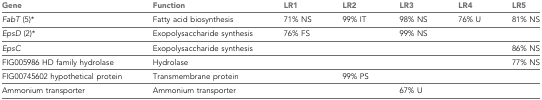
<table><thead><tr><td><b>Gene</b></td><td><b>Function</b></td><td><b>LR1</b></td><td><b>LR2</b></td><td><b>LR3</b></td><td><b>LR4</b></td><td><b>LR5</b></td></tr></thead><tbody><tr><td><i>FabT</i> (5)*</td><td>Fatty acid biosynthesis</td><td>71% NS</td><td>99% IT</td><td>98% NS</td><td>76% U</td><td>81% NS</td></tr><tr><td><i>EpsD</i> (2)*</td><td>Exopolysaccharide synthesis</td><td>76% FS</td><td></td><td>99% NS</td><td></td><td></td></tr><tr><td><i>EpsC</i></td><td>Exopolysaccharide synthesis</td><td></td><td></td><td></td><td></td><td>86% NS</td></tr><tr><td>FIG005986 HD family hydrolase</td><td>Hydrolase</td><td></td><td></td><td></td><td></td><td>77% NS</td></tr><tr><td>FIG00745602 hypothetical protein</td><td>Transmembrane protein</td><td></td><td>99% PS</td><td></td><td></td><td></td></tr><tr><td>Ammonium transporter</td><td>Ammonium transporter</td><td></td><td></td><td>67% U</td><td></td><td></td></tr></tbody></table>